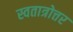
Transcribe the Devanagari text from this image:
स्वतात्रोत्तर